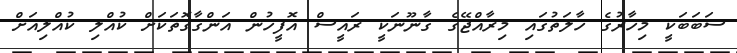
ސަބަބަކީ މިހާރުގެ ހާލަތުގައި މިރާއްޖޭގެ ގާނޫނަކީ ރައީސް އޮފީހުން އަންގާގޮތަކަށް ކުއްލި ކުއްލިއަށް